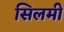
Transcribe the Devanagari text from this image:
सिलमी